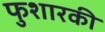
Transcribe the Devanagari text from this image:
फुशारकी